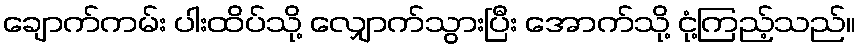
ချောက်ကမ်း ပါးထိပ်သို့ လျှောက်သွားပြီး အောက်သို့ ငုံ့ကြည့်သည်။